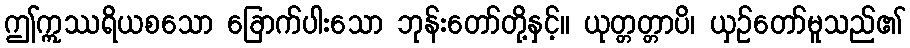
ဤဣဿရိယစသော ခြောက်ပါးသော ဘုန်းတော်တို့နှင့်။ ယုတ္တတ္တာပိ၊ ယှဉ်တော်မူသည်၏